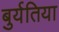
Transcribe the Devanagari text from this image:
बुर्यतिया